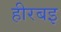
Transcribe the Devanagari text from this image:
हीरबइ